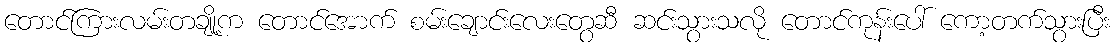
တောင်ကြားလမ်းတချို့က တောင်အောက် စမ်းချောင်းလေးတွေဆီ ဆင်းသွားသလို တောင်ကုန်းပေါ် ကော့တက်သွားပြီး